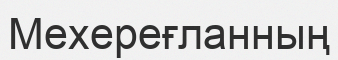
Мехереғланның